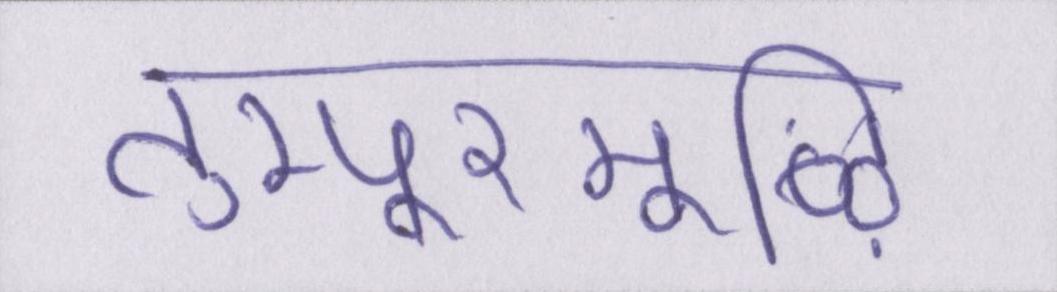
तुम्पूरमूऴि